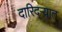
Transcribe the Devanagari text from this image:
दारिद्‌ऱ्यात